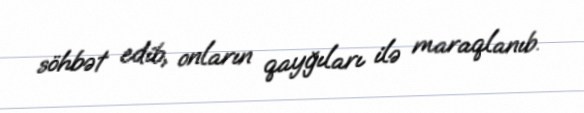
söhbət edib, onların qayğıları ilə maraqlanıb.